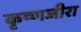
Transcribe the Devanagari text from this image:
कृष्णजीरा